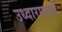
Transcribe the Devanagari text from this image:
उध्दारासाठी